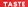
TASTE